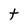
Character: t